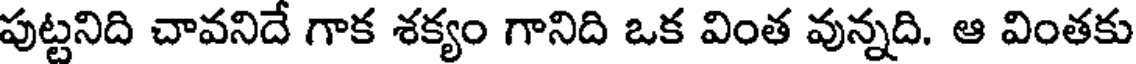
పుట్టనిది చావనిదే గాక శక్యం గానిది ఒక వింత వున్నది. ఆ వింతకు